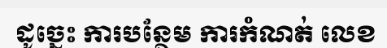
ដូច្នេះ ការបន្ថែម ការកំណត់ លេខ